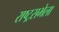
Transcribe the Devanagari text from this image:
राष्ट्रसभेला